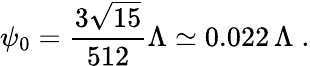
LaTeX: \psi_{0}=\frac{3\sqrt{15}}{512}\Lambda\simeq 0.022\, \Lambda\; .